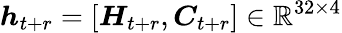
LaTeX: \boldsymbol h_{t+r}=[\boldsymbol H_{t+r},\boldsymbol C_{t+r}]\in\mathbb{R}^{32\times 4}